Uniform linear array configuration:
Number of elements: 32
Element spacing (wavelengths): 0.75
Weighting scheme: binomial
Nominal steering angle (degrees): -60
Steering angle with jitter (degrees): -59.897
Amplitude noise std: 0.05
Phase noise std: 0.05

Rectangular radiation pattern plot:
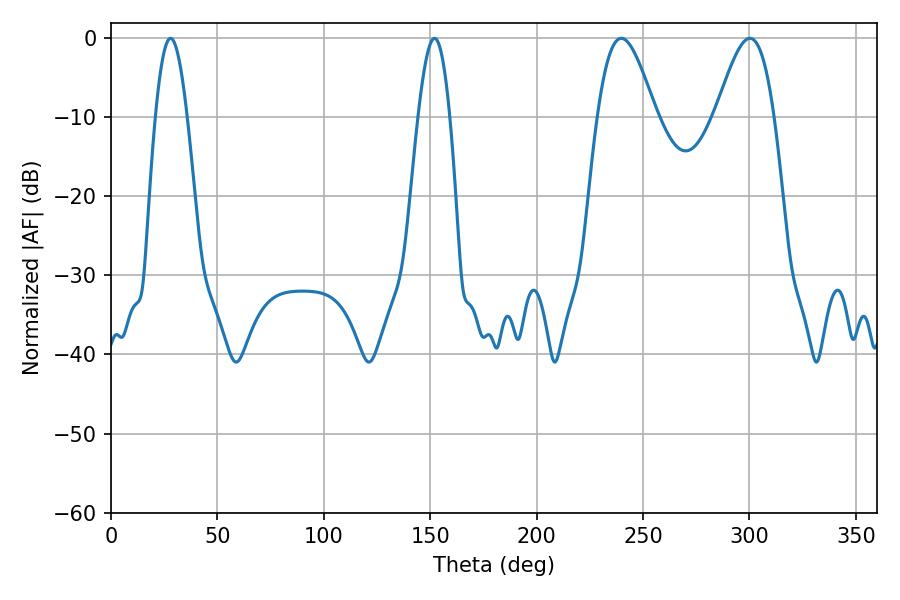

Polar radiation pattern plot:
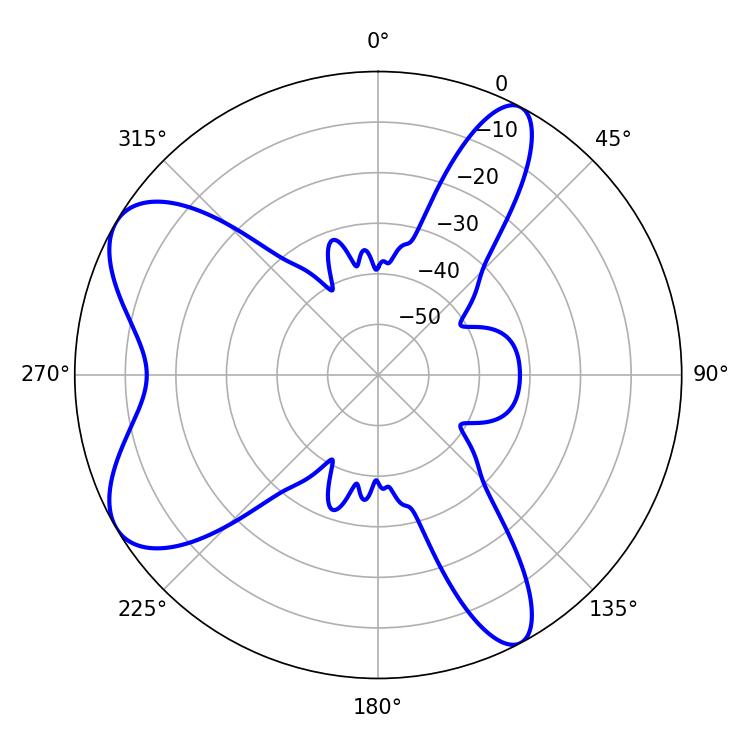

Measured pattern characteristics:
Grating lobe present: TRUE
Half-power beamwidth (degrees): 14.58
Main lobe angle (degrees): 300.24